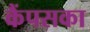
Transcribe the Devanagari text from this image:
कैंपसका